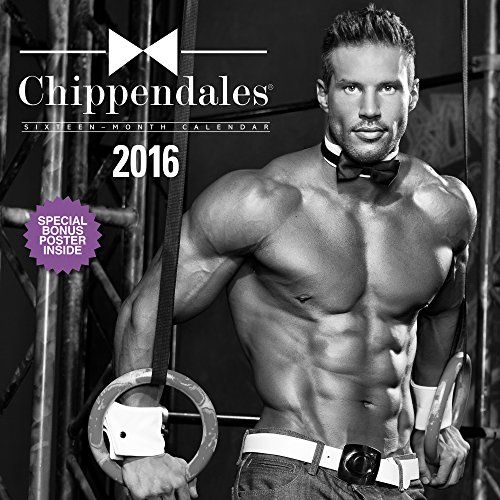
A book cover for Chippendales Wall Calendar (2016); Day Dream; Calendars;